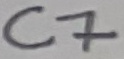
Text: C7